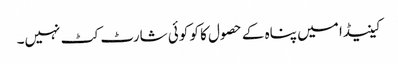
کینیڈا میں پناہ کے حصول کا کو کوئی شارٹ کٹ نہیں۔